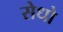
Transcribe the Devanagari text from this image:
सेधो